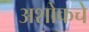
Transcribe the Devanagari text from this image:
अशोकचे